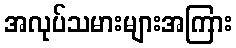
အလုပ်သမားများအကြား